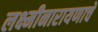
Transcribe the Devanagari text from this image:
लक्ष्मीनारायणाचे